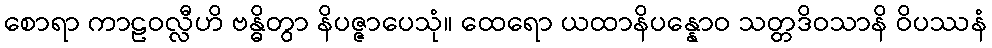
စောရာ ကာဠဝလ္လီဟိ ဗန္ဓိတွာ နိပဇ္ဇာပေသုံ။ ထေရော ယထာနိပန္နောဝ သတ္တဒိဝသာနိ ဝိပဿနံ